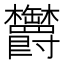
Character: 𣡸